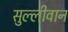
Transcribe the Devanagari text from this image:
सुल्लीवान